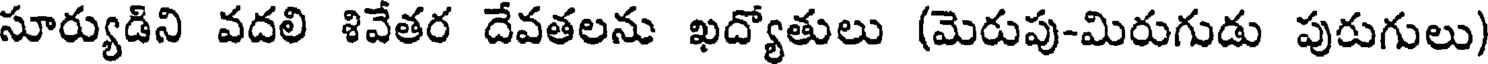
సూర్యుడిని వదలి శివేతర దేవతలను ఖద్యోతులు (మెరుపు-మిరుగుడు పురుగులు)